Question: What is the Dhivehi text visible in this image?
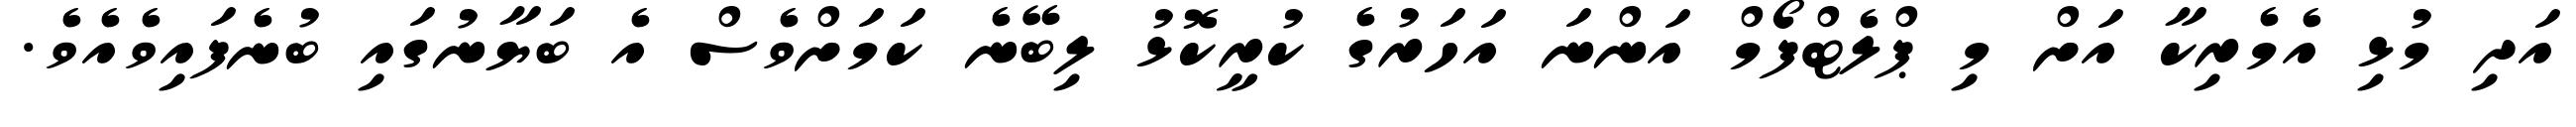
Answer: އަދި މުޅި އެމެރިކާ އަށް މި ޕްލެޓްފޯމް އަންނަ އަހަރުގެ ކުރީކޮޅު ލިބޭނެ ކަމަށްވެސް އެ ބަޔާނުގައި ބުނެފައިވެއެވެ.